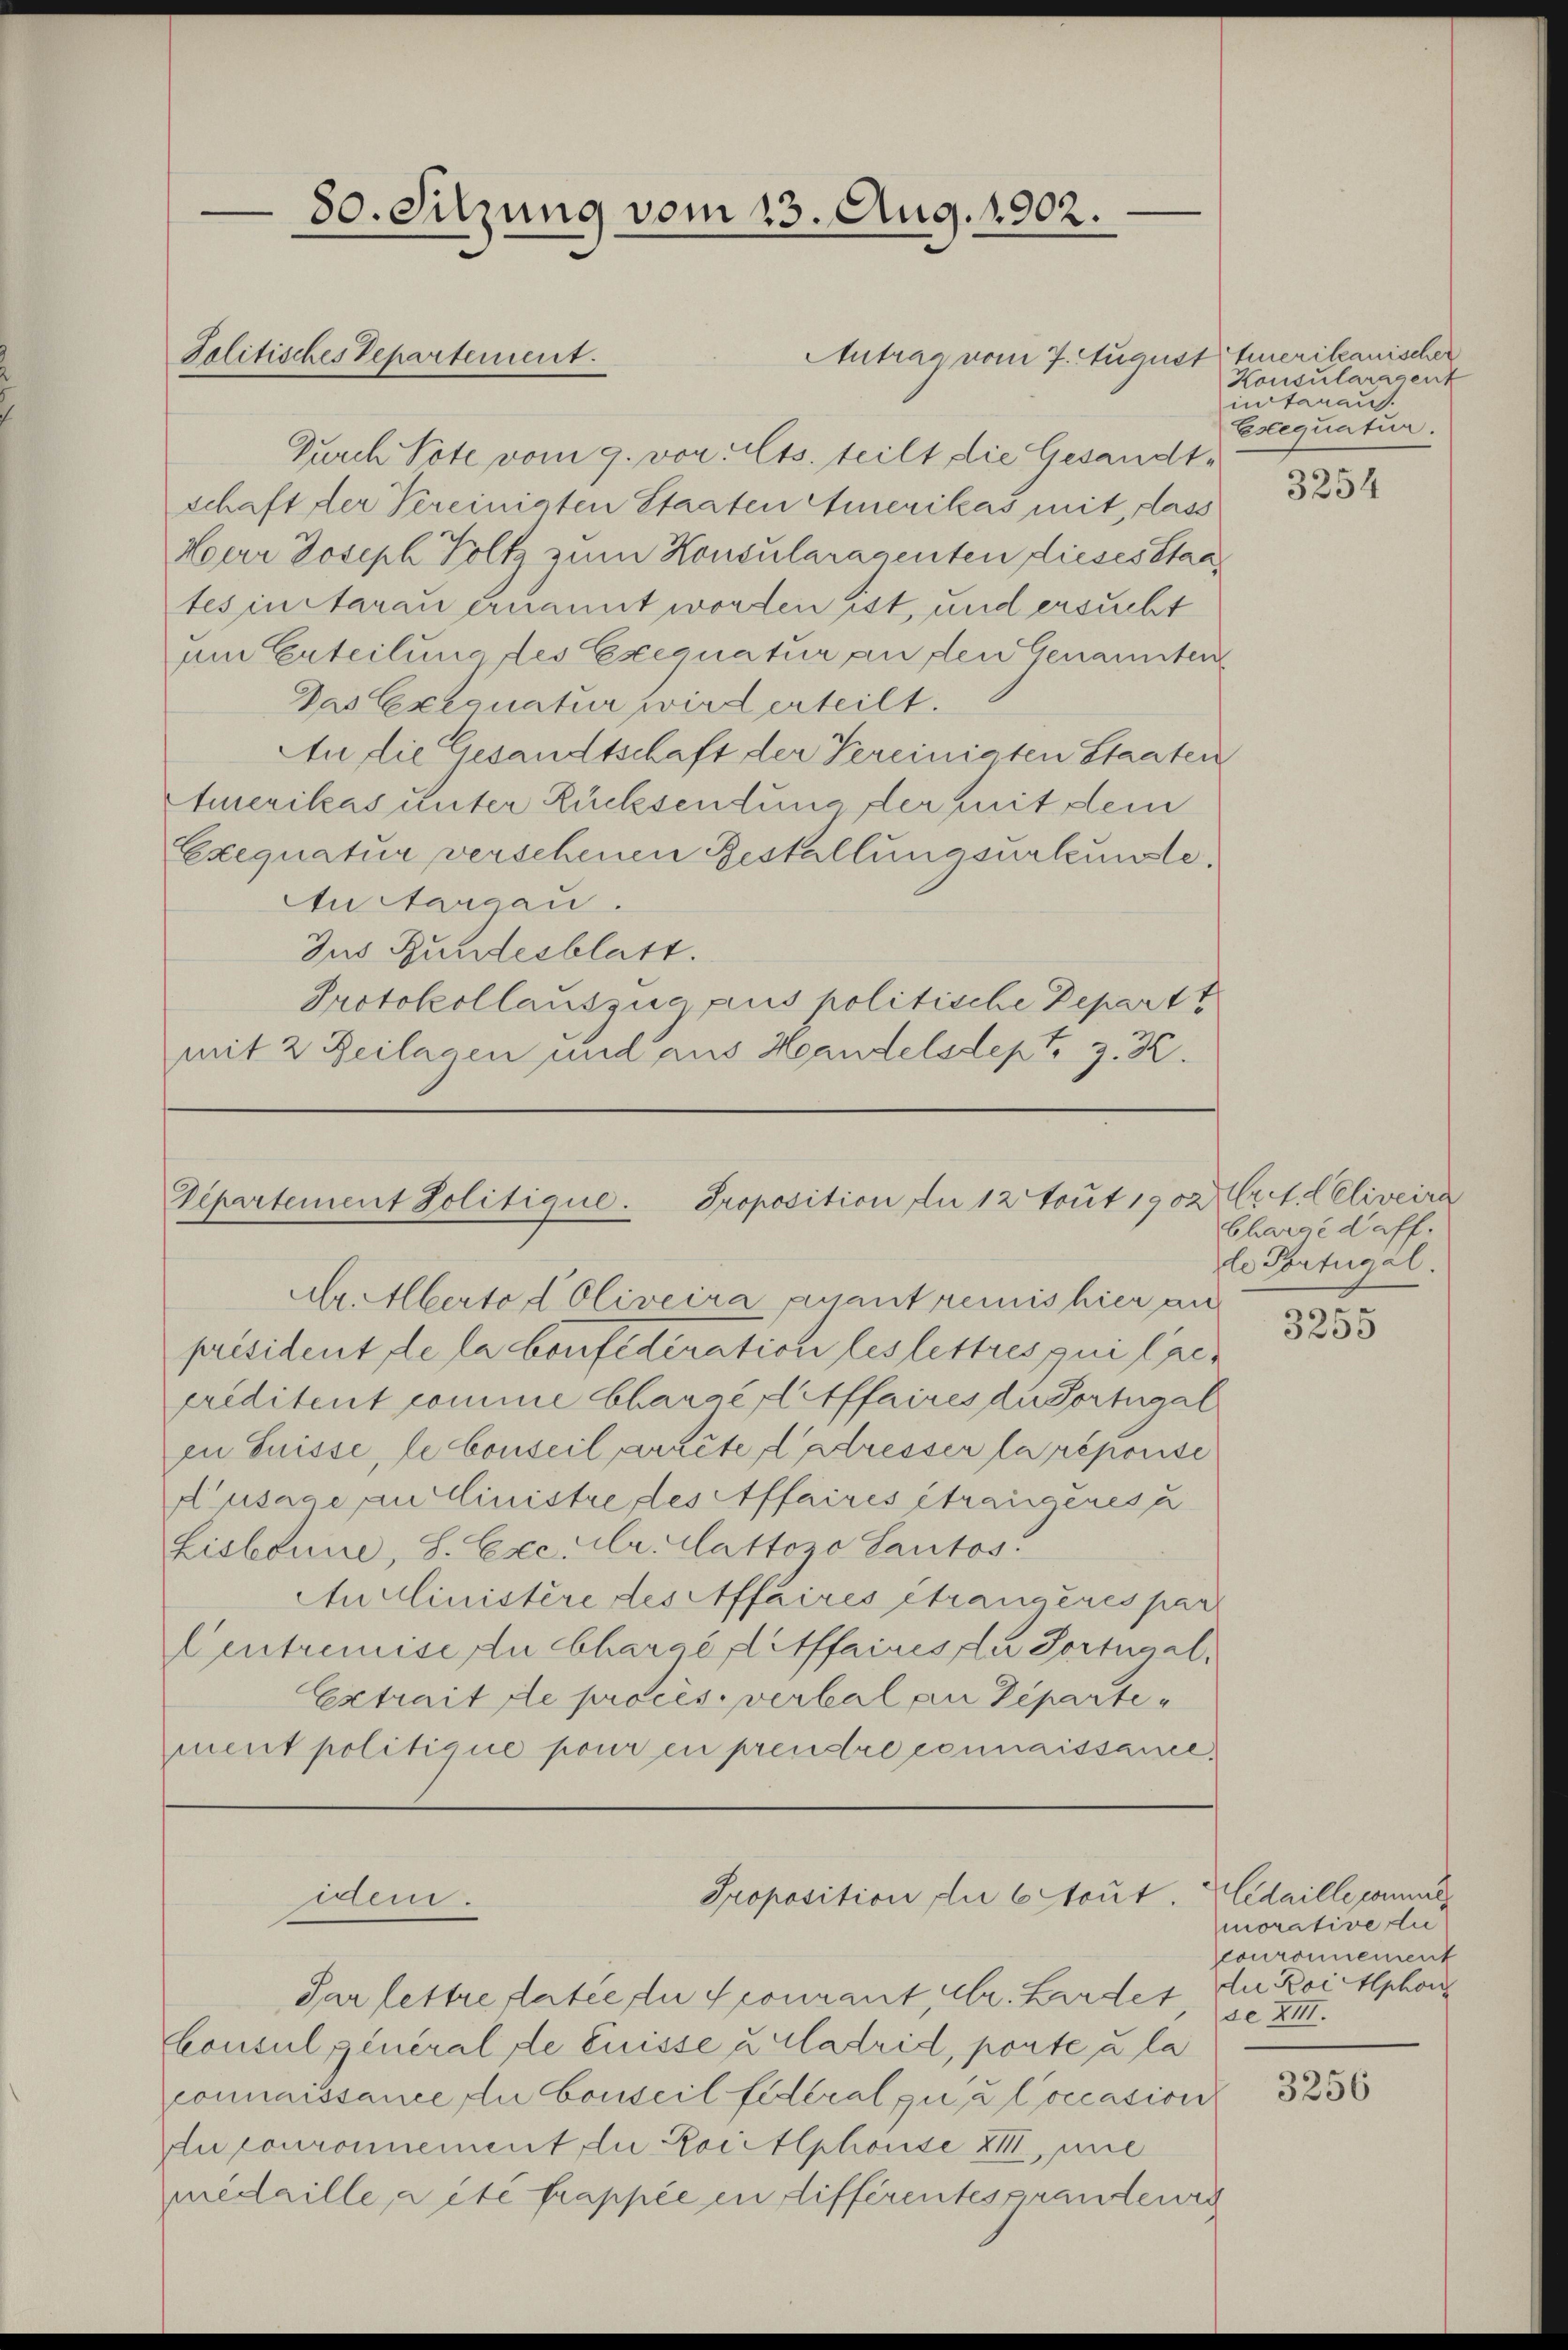
Antrag vom 7. August
Durch Tote vom 9. vor. Cts. teilt die Gesandtschaft der Vereinigten Staaten Amerikas mit, dass
Herr Joseph Holtz zum Konsularagenten dieses Staates in darau ernannt worden ist, und ersucht
um Erteilung des Exequatur an den Genannten
Das Exequatur wird erteilt.
An die Gesandtschaft der Vereinigten Staaten
AAmerikas unter Rücksendung der mit dem
Exequatur verschenen Bestallungsurkunde.
Au Sargau.
Jus Bundesblatt.
Protokollauszug aus politische Departt
mit 2 Zeilagen und aus Handelsdept, z. Z.

Solitisches Departement.

80. Sitzung vom 13. Aug. 1902.

Vipartement Politique. Proposition du 12 tout 1902 Art. Celiveira

Par lettre datie die Scourant Chr. Hardes der Roi Alphon
Consul general de fuisse u. Gladrid, porte à la
connaissance du Conseil fédéral già loccasion
du couronnement die Koiitlphonse XIII, mit
medaille, a été frappée en différentes prantenig

Proposition die 6 tout.
dem.

Ar. Aberto d Oliveira quant reinis hier an
président de la bonfeder eine les lettres qui le
creditent comme Charge Affaires du fortugal
in Suisse, le Conseil arrête dadresser la réporise
A’usage au clinistre des Affaires étrangeres u
Lisbonne, S. Exc. Mr. Cattozo Sautos.
Auclinistère des Affaires étranderes par
Centremise die Chargé difffaires zu Fortugal.
Extrait de proces. verbal an Departement politique pour en prendre connaissancel¬

Emerikanischer
Konsularasent
intanaus.
Escequatur.

3254

Charge daff.
le Portugal.
)

3235

Cidaille conna
morative die
couronnement
se XIII.

3256